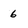
Character: 6